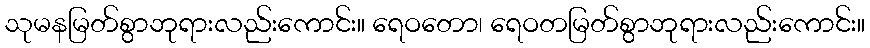
သုမနမြတ်စွာဘုရားလည်းကောင်း။ ရေဝတော၊ ရေဝတမြတ်စွာဘုရားလည်းကောင်း။